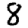
Digit: 8